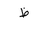
Letter: _za